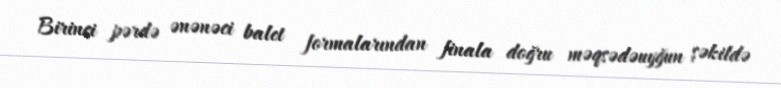
Birinci pərdə ənənəci balet formalarından finala doğru məqsədəuyğun şəkildə